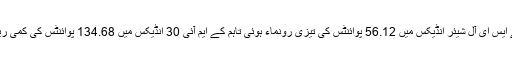
دریں اثناء کے ایس ای آل شیئر انڈیکس میں 56.12 پوائنٹس کی تیزی رونماء ہوئی تاہم کے ایم آئی 30 انڈیکس میں 134.68 پوائنٹس کی کمی ریکارڈ کی گئی۔